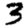
Digit: 3